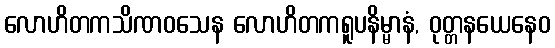
လောဟိတကသိဏဝသေန လောဟိတကရူပနိမ္မာနံ, ဝုတ္တနယေနေဝ